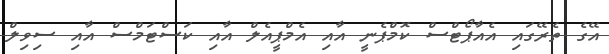
އޭގެ ތެރޭގައި އެއާޕޯޓްސް ކޮމްޕެނީ އާއި އެމްޕީއެލް އާއި ކަސްޓަމްސް އާއި ސިވިލް